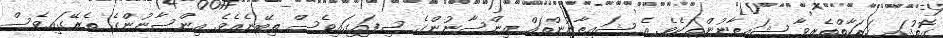
ގޮތުގައި ހަރަކާތްތެރިވާ ޝައިޠާނުންތަކެވެ. އެ ޝައިޠާނުންތައް އިންސާނުންގެ ސިފައިގައިވެސް ތިބޭނެއެވެ. އިންސާނުންގެ ތެރޭގައިވެސް